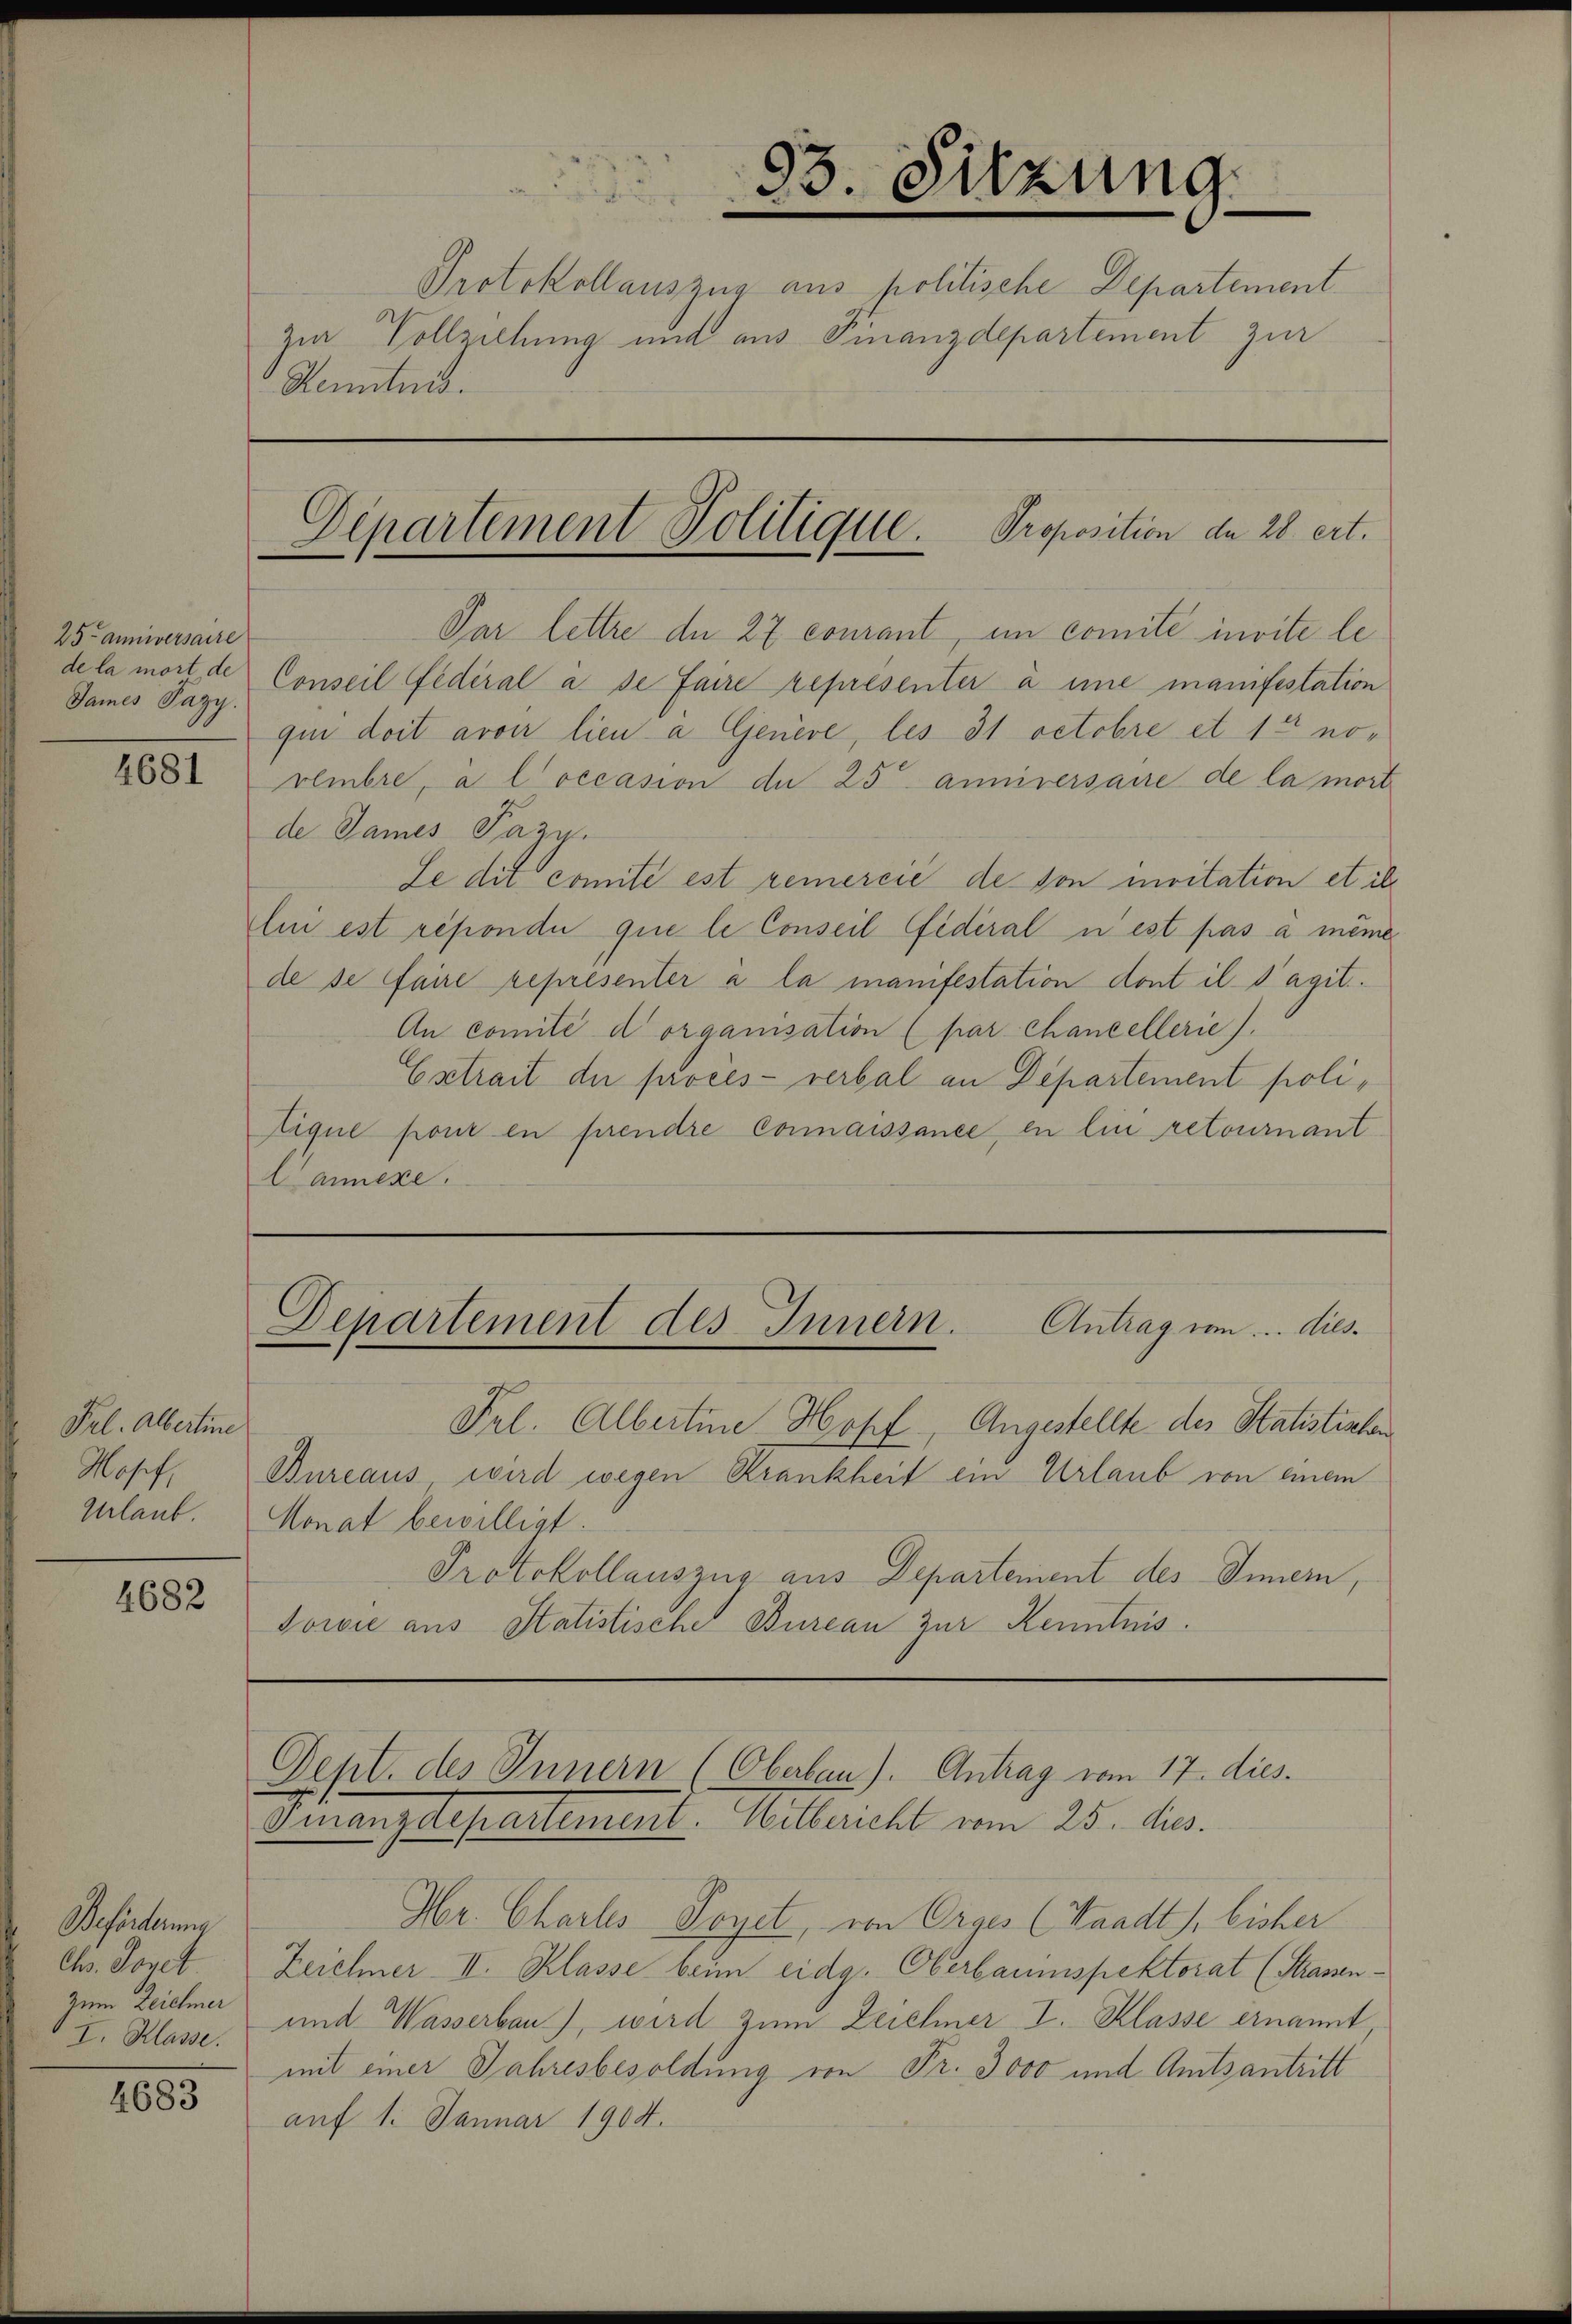
25 anniversaire
de la mort de
James Pazy.

4681

Fel. Albertine
Mosef,
Urlaub.

4682

Beförderung
Ch. Sonet
Zum Zeichner
I. Klasse.

4683

Kenntnis.

83. Sitzung.
Protokollauszug aus politische Departement
Zu Vollziehung und aus Finanzdepartement zur

Departement Politique. Proposition de 28 ert.
—

Par lettre de 27 courant, im comité invite le¬
Conseil fédéral a de faire représenter a ime manifestation
qui doit avoir lieu à Genève, les 31 Octobre et 14 norembre, a l occasion de 25 anniversaire de la mort
de James Pazy.
Se dit comité est remercié de von mitation et ih
lui est répondi que le Conseil fédéral u est pas à même
de se faire représenter à la manifestation dont il s’agit..
An comité d organisation (par Chancellerie).
Extrait der procès-verbal an Departement politique pour en prendre Commaissance, en lin retournant
Cannexe.

Prl. Albertine Hopf, Angestellte des Statistinten
Bureaus, wird wegen Krankheit ein Urlaub von einem
Monat bewilligt.
Protokollauszug aus Departement des Innern,
Jowie aus Statistische Bureau zur Kenntnis.

Departement des Innern. Antrag um... dies

Finanzdepartement. Mitbericht vom 25. dies.
Hr. Charles Poyet, von Orges (Waadt 1. bisher
Zeichner II. Klasse beim eidg. Oberbaumspektorat (Strasen¬
und Wasserbau), wird zum Zeichner I. Klasse ernannt
mit einer Jahresbesoldung von Fr. 3000 und Amtsantritt
auf 1. Januar 1904.

Dept. des Innern (Oberbau). Antrag vom 17. dies.